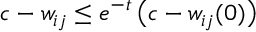
c - w _ { i j } \leq e ^ { - t } \, \big ( c - w _ { i j } ( 0 ) \big )